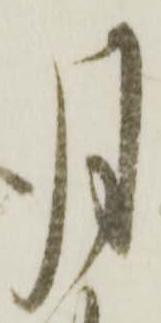
月